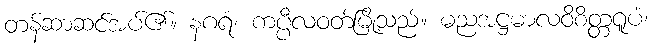
တန်ဆာဆင်အပ်၏။ နဂရံ၊ ကပ္ပီလဝတ်မြို့သည်။ မညအဋ္ဌမာလဝိစိတ္တရူပံ၊